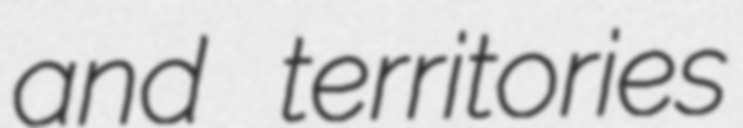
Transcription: and territories